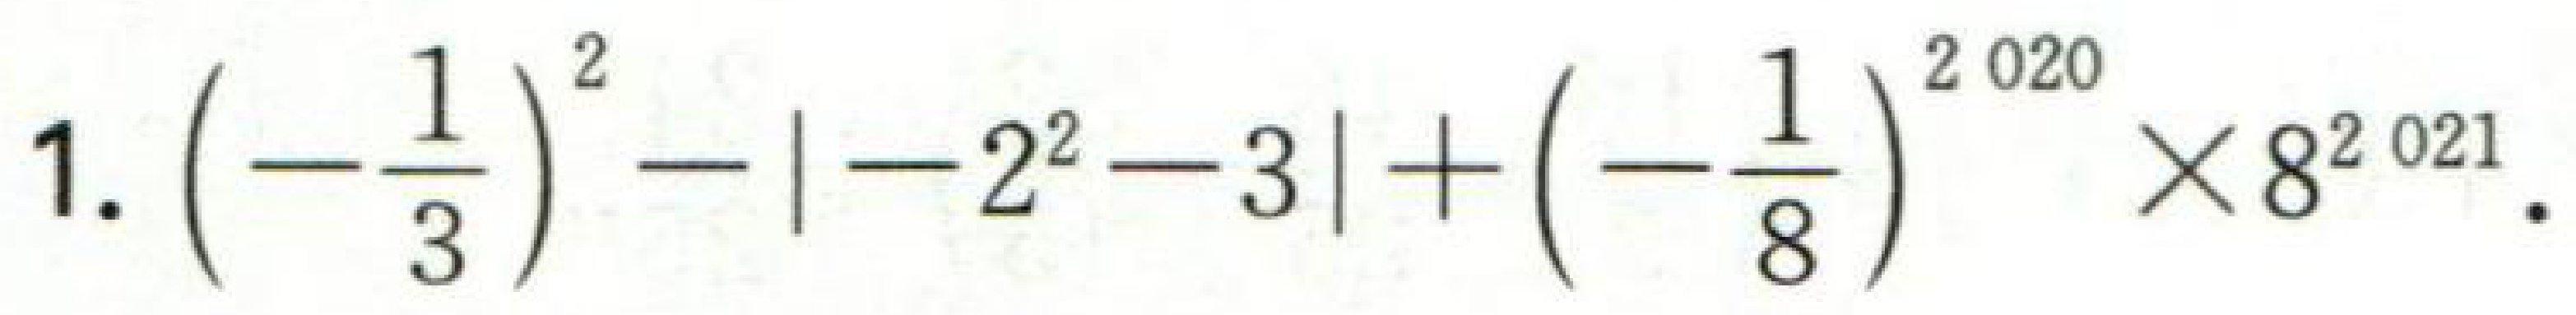
$1.\left(-\dfrac{1}{3}\right)^{2}-\vert -2^{2}-3\vert+\left(-\dfrac{1}{8}\right)^{2020}\times8^{2021}.$